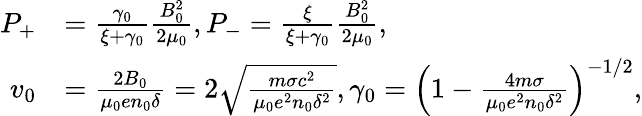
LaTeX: \begin{array}{rl}{P_{+}}&{=\frac{\gamma_{0}}{\xi+\gamma_{0}}\frac{B_{0}^{2}}{2\mu_{0}},P_{-}=\frac{\xi}{\xi+\gamma_{0}}\frac{B_{0}^{2}}{2\mu_{0}},}\\ {v_{0}}&{=\frac{2B_{0}}{\mu_{0}en_{0}\delta}=2\sqrt{\frac{m\sigma c^{2}}{\mu_{0}e^{2}n_{0}\delta^{2}}},\gamma_{0}=\left(1-\frac{4m\sigma}{\mu_{0}e^{2}n_{0}\delta^{2}}\right)^{-1/2},}\end{array}